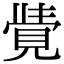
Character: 𮗓